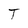
Character: T